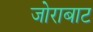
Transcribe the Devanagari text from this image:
जोराबाट